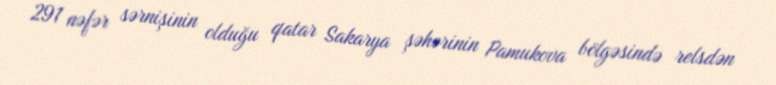
291 nəfər sərnişinin olduğu qatar Sakarya şəhərinin Pamukova bölgəsində relsdən